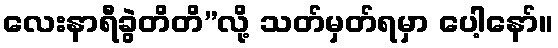
လေးနာရီခွဲတိတိ”လို့ သတ်မှတ်ရမှာ ပေါ့နော်။